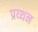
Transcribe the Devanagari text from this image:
प्रय्थन